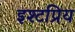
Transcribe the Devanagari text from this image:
इश्टप्रिय